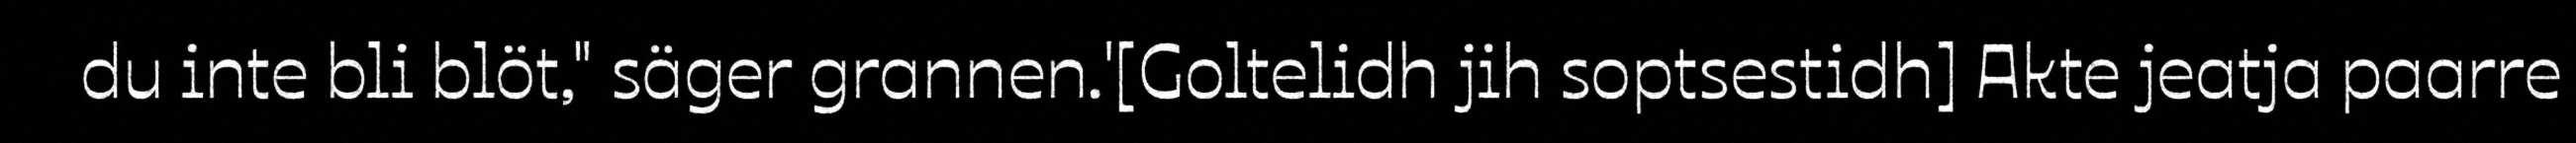
du inte bli blöt," säger grannen.'[Goltelidh jih soptsestidh] Akte jeatja paarre